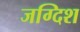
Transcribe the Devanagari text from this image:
जग्दिश